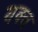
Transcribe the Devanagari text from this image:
यक्त